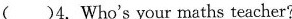
( )4. Who's your maths teacher?